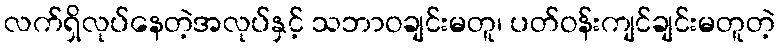
လက်ရှိလုပ်နေတဲ့အလုပ်နှင့် သဘာဝချင်းမတူ၊ ပတ်ဝန်းကျင်ချင်းမတူတဲ့